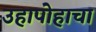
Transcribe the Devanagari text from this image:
उहापोहाचा